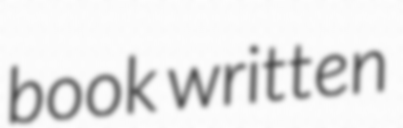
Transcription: book written